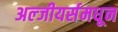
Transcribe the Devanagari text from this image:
अल्जीयर्समधून